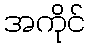
အကိုင်